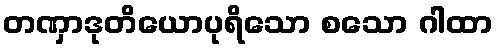
တဏှာဒုတိယောပုရိသော စသော ဂါထာ